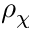
\rho _ { \chi }